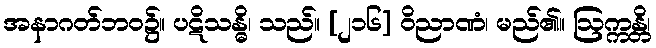
အနာဂတ်ဘဝ၌။ ပဋိသန္ဓိ၊ သည်။ [၂၁၆] ဝိညာဏံ၊ မည်၏။ ဩက္ကန္တိ၊